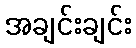
အချင်းချင်း